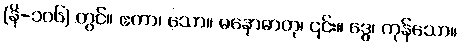
(နိ-၁၀၆) တွင်။ ဧကာ၊ သော။ မနောဓာတု၊ ၎င်း။ ဒွေ၊ ကုန်သော။